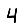
Digit: 4